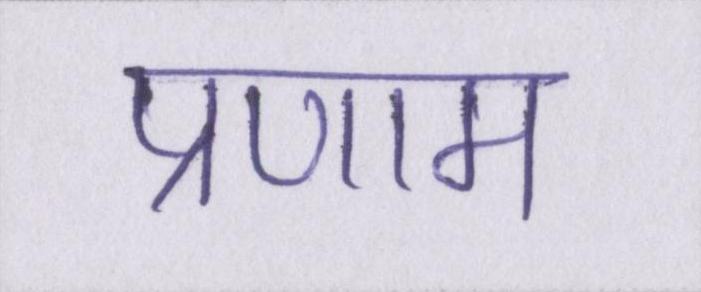
प्रणाम